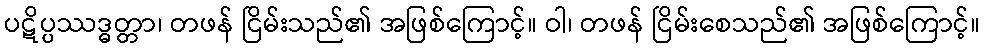
ပဋိပ္ပဿဒ္ဓတ္တာ၊ တဖန် ငြိမ်းသည်၏ အဖြစ်ကြောင့်။ ဝါ၊ တဖန် ငြိမ်းစေသည်၏ အဖြစ်ကြောင့်။